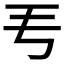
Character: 𬺵